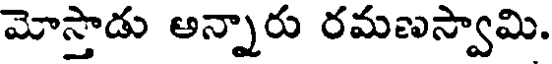
మోస్తాడు అన్నారు రమణస్వామి.